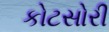
કોટસોરી